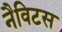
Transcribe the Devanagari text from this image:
नैविटस